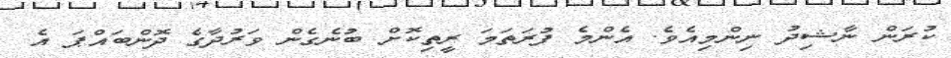
ކުރަން ނާޝިދު ނިންމިއެވެ. އެންމެ ފުރަތަމަ ރީތިކޮށް ބުނެގެން ވަރުދާގެ ދޮންބައްޕަ އެ